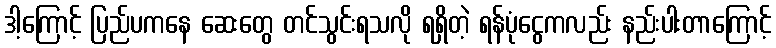
ဒါ့ကြောင့် ပြည်ပကနေ ဆေးတွေ တင်သွင်းရသလို ရရှိတဲ့ ရန်ပုံငွေကလည်း နည်းပါးတာကြောင့်